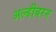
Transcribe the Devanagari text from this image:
अल्डीबरन